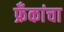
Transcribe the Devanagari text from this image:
फ्रँकांचा